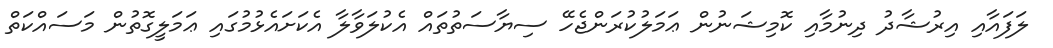
ލަފައާއި އިރުޝާދު ދިނުމާއި ކޮމިޝަނުން ޢަމަލުކުރަންޖެހޭ ސިޔާސަތުތައް އެކުލަވާލާ އެކަށައެޅުމުގައި ޢަމަލީގޮތުން މަސައްކަތް